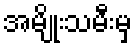
အမျိုးသမီးမှ